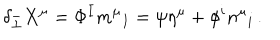
\delta _ { \bar { \perp } } X ^ { \mu } = \Phi ^ { I } m ^ { \mu } { } _ { I } = \psi \eta ^ { \mu } + \phi ^ { i } n ^ { \mu } { } _ { i } \, .